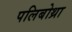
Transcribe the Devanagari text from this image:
पलिबोथ्रा